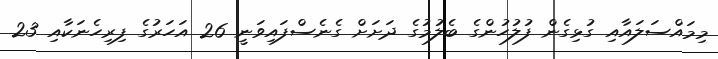
މިމައްސަލައާއި ގުޅިގެން ފުލުހުންގެ ބެލުމުގެ ދަށަށް ގެނެސްފައިވަނީ 26 އަހަރުގެ ފިރިހެނަކާއި 23